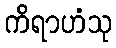
ကိရာဟံသု